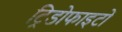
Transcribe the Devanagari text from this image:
ट्रिडोफाइटों